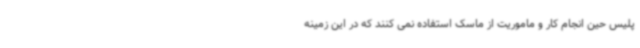
پلیس حین انجام کار و ماموریت از ماسک استفاده نمی کنند که در این زمینه